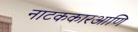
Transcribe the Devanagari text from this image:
नाटककारआणि